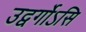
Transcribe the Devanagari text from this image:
उद्वर्गोऽसि